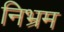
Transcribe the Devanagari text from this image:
निभ्रम